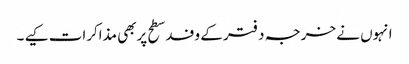
انہوں نے خرجہ دفتر کے وفد سطح پربھی مذاکرات کیے ۔